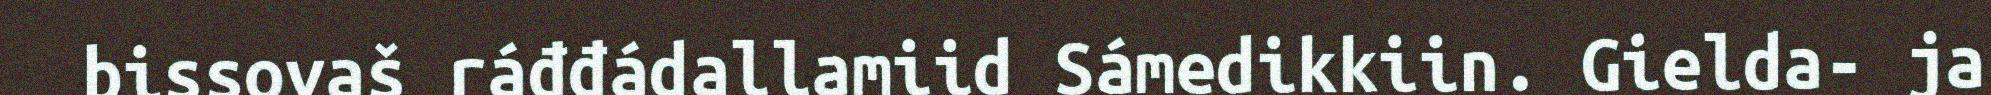
bissovaš ráđđádallamiid Sámedikkiin. Gielda- ja